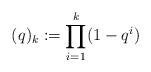
LaTeX: \begin{align*} (q)_{k} := \prod_{i=1}^{k}(1-q^{i})\end{align*}